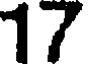
17